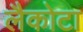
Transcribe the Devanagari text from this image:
लैकोटा